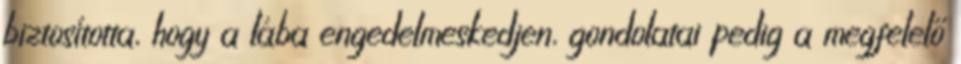
biztosította, hogy a lába engedelmeskedjen, gondolatai pedig a megfelelő